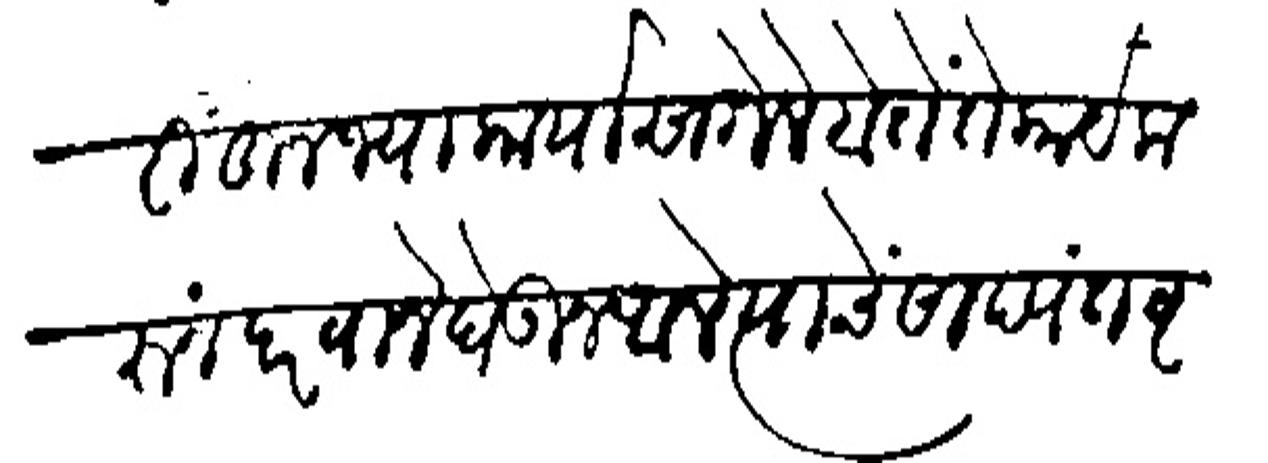
Transliteration (Devanagari): हस्तनापुरींहून ज्या कार्यस गेले होतें ते कार्य कहंन परवाने धेऊन आले स्याचें साद्यंत वृत्त